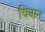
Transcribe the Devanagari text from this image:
चिनात